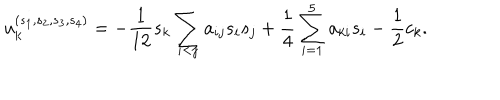
u _ { k } ^ { ( s _ { 1 } , s _ { 2 } , s _ { 3 } , s _ { 4 } ) } = - \frac { 1 } { 1 2 } s _ { k } \sum _ { i < j } a _ { i j } s _ { i } s _ { j } + \frac { 1 } { 4 } \sum _ { i = 1 } ^ { 5 } a _ { k i } s _ { i } - \frac { 1 } { 2 } c _ { k } .